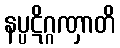
နပ္ပဋိဂ္ဂဏှာတိ